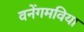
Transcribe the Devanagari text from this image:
वनेंगमविया